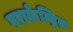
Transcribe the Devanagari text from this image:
पराकेन्द्रित